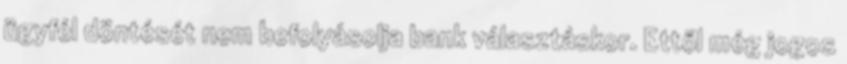
ügyfél döntését nem befolyásolja bank választáskor. Ettől még jogos